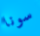
سونا